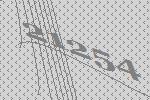
21254